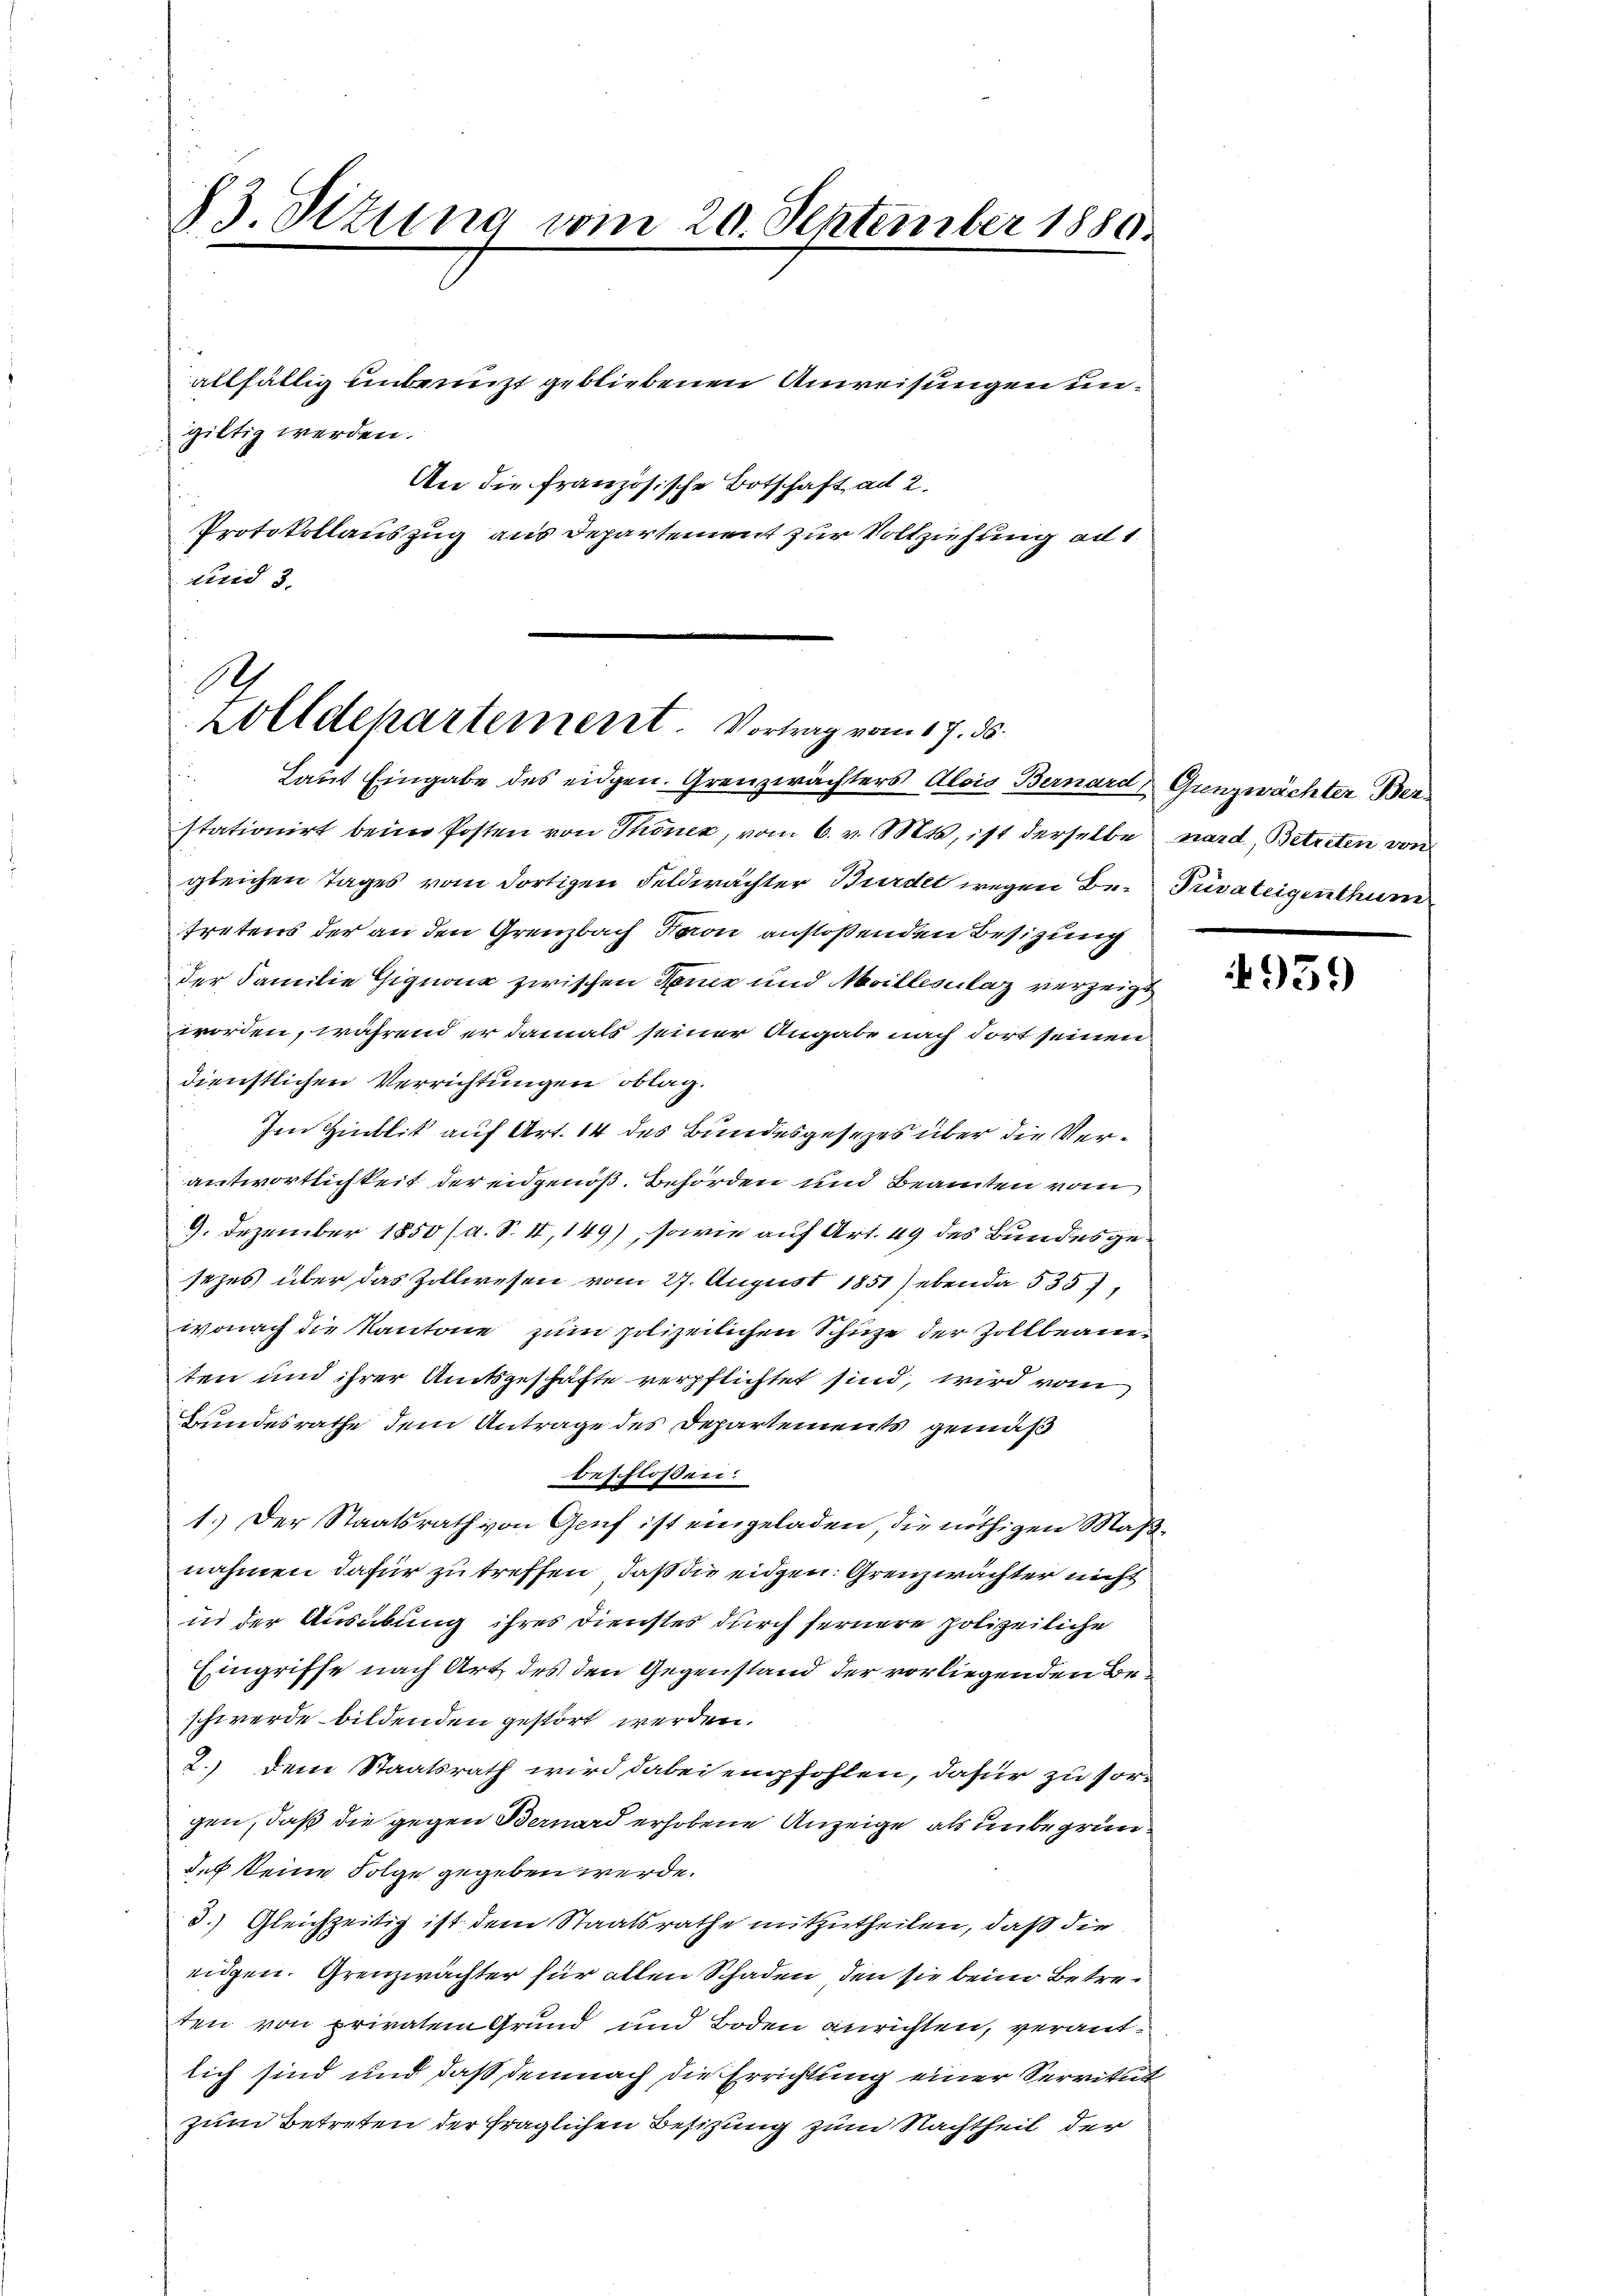
73. Situng vom 20. September 1880.

giltig werden.

allfältig unbenutzt gebliebenen Anweisungen un¬
Protokollauszug aus Departement zur Vollziehung ad 1
und 3.

An die französische Botschaft ad 2.

A
Zolldepartement. Vortrag vom 17. ds.
Laut Eingabe des eidgen. Grenzwächters Alois Bernard Grenzwächter Ber¬

stationirt beim Posten von Thonez, vom 6. v. Mts, ist derselbe ward, Betreten von
gleichen Tages vom dortigen Feldwächter Bürdet wegen Be-Divateigenthurn
tretens der an den Grenzbach Baron anstoßenden Besitzung
der Familie Gignone zwischen Feuer und Meillesilaz verzeigt
worden, während er damals seiner Angabe nach dort seinen
dienstlichen Verrichtungen oblag.
Im Hinblit auf Art. 14 des Bundesgesezes über die Verantwortlichkeit der eidgenoß. Behörden und Beamten vom
9. Dezember 1850 (a. S. I,149), sowie auf Art. 49 des Bundes gesezes über das Zollwesen vom 27. August 1851) ebenda 535),
wonach die Kantone zum polizeilichen Schuze der Zollbeamten und ihrer Amtsgeschäfte verpflichtet sind, wird vom
Bundesrathe dem Antrage des Departements gemäß
beschlossen:
1.) Der Staatsrath von Genf ist eingeladen, die nöthigen Maßnahmen dafür zu treffen, daß die eidgen. Grenzwächter nicht
in der Ausübung ihres Dienstes durch fernere polizeiliche
Eingriffe nach Art des den Gegenstand der vorliegenden Beschwerde bildenden gestört werden.
2.) Den Staatsrath wird dabei empfohlen, dafür zu sorgen, daß die gegen Bernard erhobene Anzeige, als unbegrün¬
Ich keine Folge gegeben werde.
3.) Gleichzeitig ist dem Staatsrathe mitzutheilen, daß die
eidgen. Grenzwächter für allen Schaden, den sie beim Betreten von privatem Grund und Boden anrichten, verantlich sind und daß demnach die Errichtung einer Servitut
zum Betreten der fraglichen Besitzung zum Nachtheil der

959